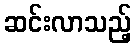
ဆင်းလာသည့်